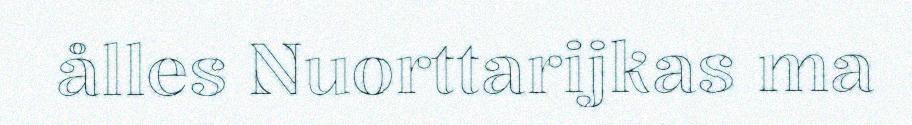
ålles Nuorttarijkas ma